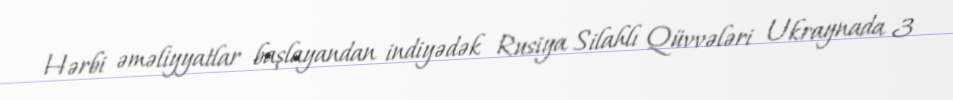
Hərbi əməliyyatlar başlayandan indiyədək Rusiya Silahlı Qüvvələri Ukraynada 3